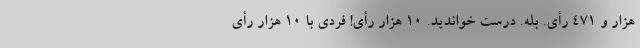
هزار و 471 رأی. بله. درست خواندید. 10 هزار رأی! فردی با 10 هزار رأی